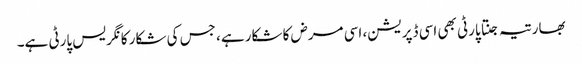
بھارتیہ جنتا پارٹی بھی اسی ڈپریشن، اسی مرض کا شکار ہے، جس کی شکار کانگریس پارٹی ہے۔